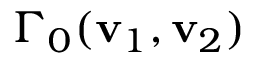
{ \Gamma _ { 0 } } ( { \bf { v } } _ { 1 } , { \bf { v } } _ { 2 } )